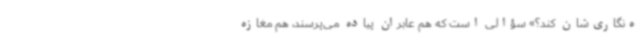
ه‌نگاری‌شان کند؟» سؤالی است که هم عابران پیاده می‌پرسند، هم مغازه